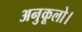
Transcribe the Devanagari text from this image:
अनुकूलो।